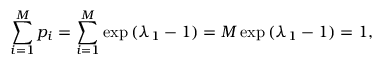
\sum _ { i = 1 } ^ { M } p _ { i } = \sum _ { i = 1 } ^ { M } \exp { ( \lambda _ { 1 } - 1 ) } = M \exp { ( \lambda _ { 1 } - 1 ) } = 1 ,